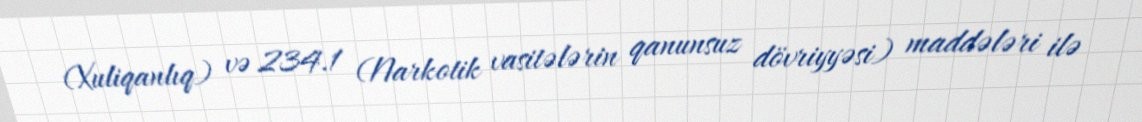
(Xuliqanlıq) və 234.1 (Narkotik vasitələrin qanunsuz dövriyyəsi) maddələri ilə